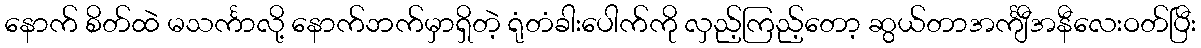
နောက် စိတ်ထဲ မသင်္ကာလို့ နောက်ဘက်မှာရှိတဲ့ ရုံတံခါးပေါက်ကို လှည့်ကြည့်တော့ ဆွယ်တာအင်္ကျီအနီလေးဝတ်ပြီး